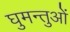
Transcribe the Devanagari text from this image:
घुमन्तुओं